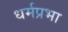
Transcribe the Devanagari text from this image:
धर्मप्रभा